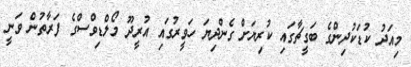
މިއަދު ކުޑަކުދިންގެ ބަގީޗާގައި ކުރިޔަށް ގެންދިޔަ ހަވީރުގައި އުރީދޫ މޯލްޑިވްސްގެ ފަރާތުން ވަނީ